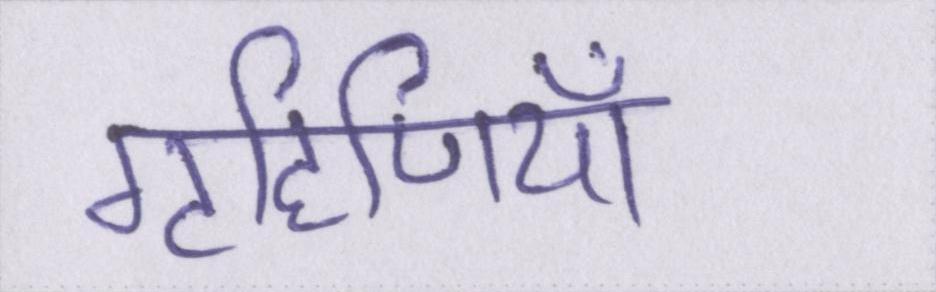
गृहिणियाँ